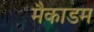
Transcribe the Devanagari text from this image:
मैकाडम